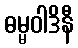
ဓမ္မဝါဒိနီ